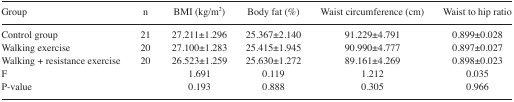
| Group | n | BMI (kg/m2) | Body fat (%) | Waist circumference (cm) | Waist to hip ratio |
 | --- | --- | --- | --- | --- | --- |
 | Control group | 21 | 27.211±1.296 | 25.367±2.140 | 91.229±4.791 | 0.899±0.028 |
 | Walking exercise | 20 | 27.100±1.283 | 25.415±1.945 | 90.990±4.777 | 0.897±0.027 |
 | Walking + resistance exercise | 20 | 26.523±1.259 | 25.630±1.272 | 89.161±4.269 | 0.898±0.023 |
 | F |  | 1.691 | 0.119 | 1.212 | 0.035 |
 | P-value |  | 0.193 | 0.888 | 0.305 | 0.966 |